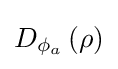
D_{\phi _{a}}\left({\mathbf {\rho } }\right)